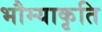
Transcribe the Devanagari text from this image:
भौम्याकृति